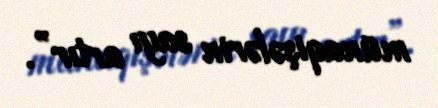
münaqişələrin sayı artır”.